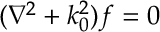
( \nabla ^ { 2 } + k _ { 0 } ^ { 2 } ) f = 0